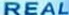
REAL